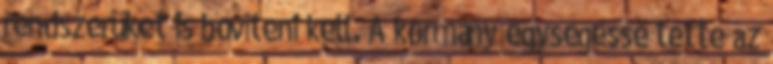
rendszerüket is bővíteni kell. A kormány egységessé tette az